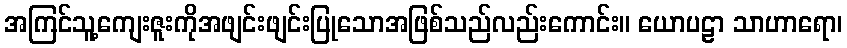
အကြင်သူ့ကျေးဇူးကိုအဖျင်းဖျင်းပြုသောအဖြစ်သည်လည်းကောင်း။ ယောပဠာ သာဟာရော၊